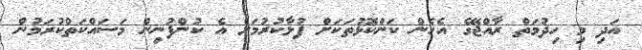
އަދި މި ހިދުމަތް ރާއްޖޭގެ އެހެން ކަންކޮޅުތަކަށް ފުޅާކުރުމަށް އެ ކުންފުނިން މަސައްކަތްކުރަމުން